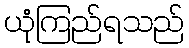
ယုံကြည်ရသည်